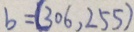
b = ( 3 0 6 , 2 5 5 )